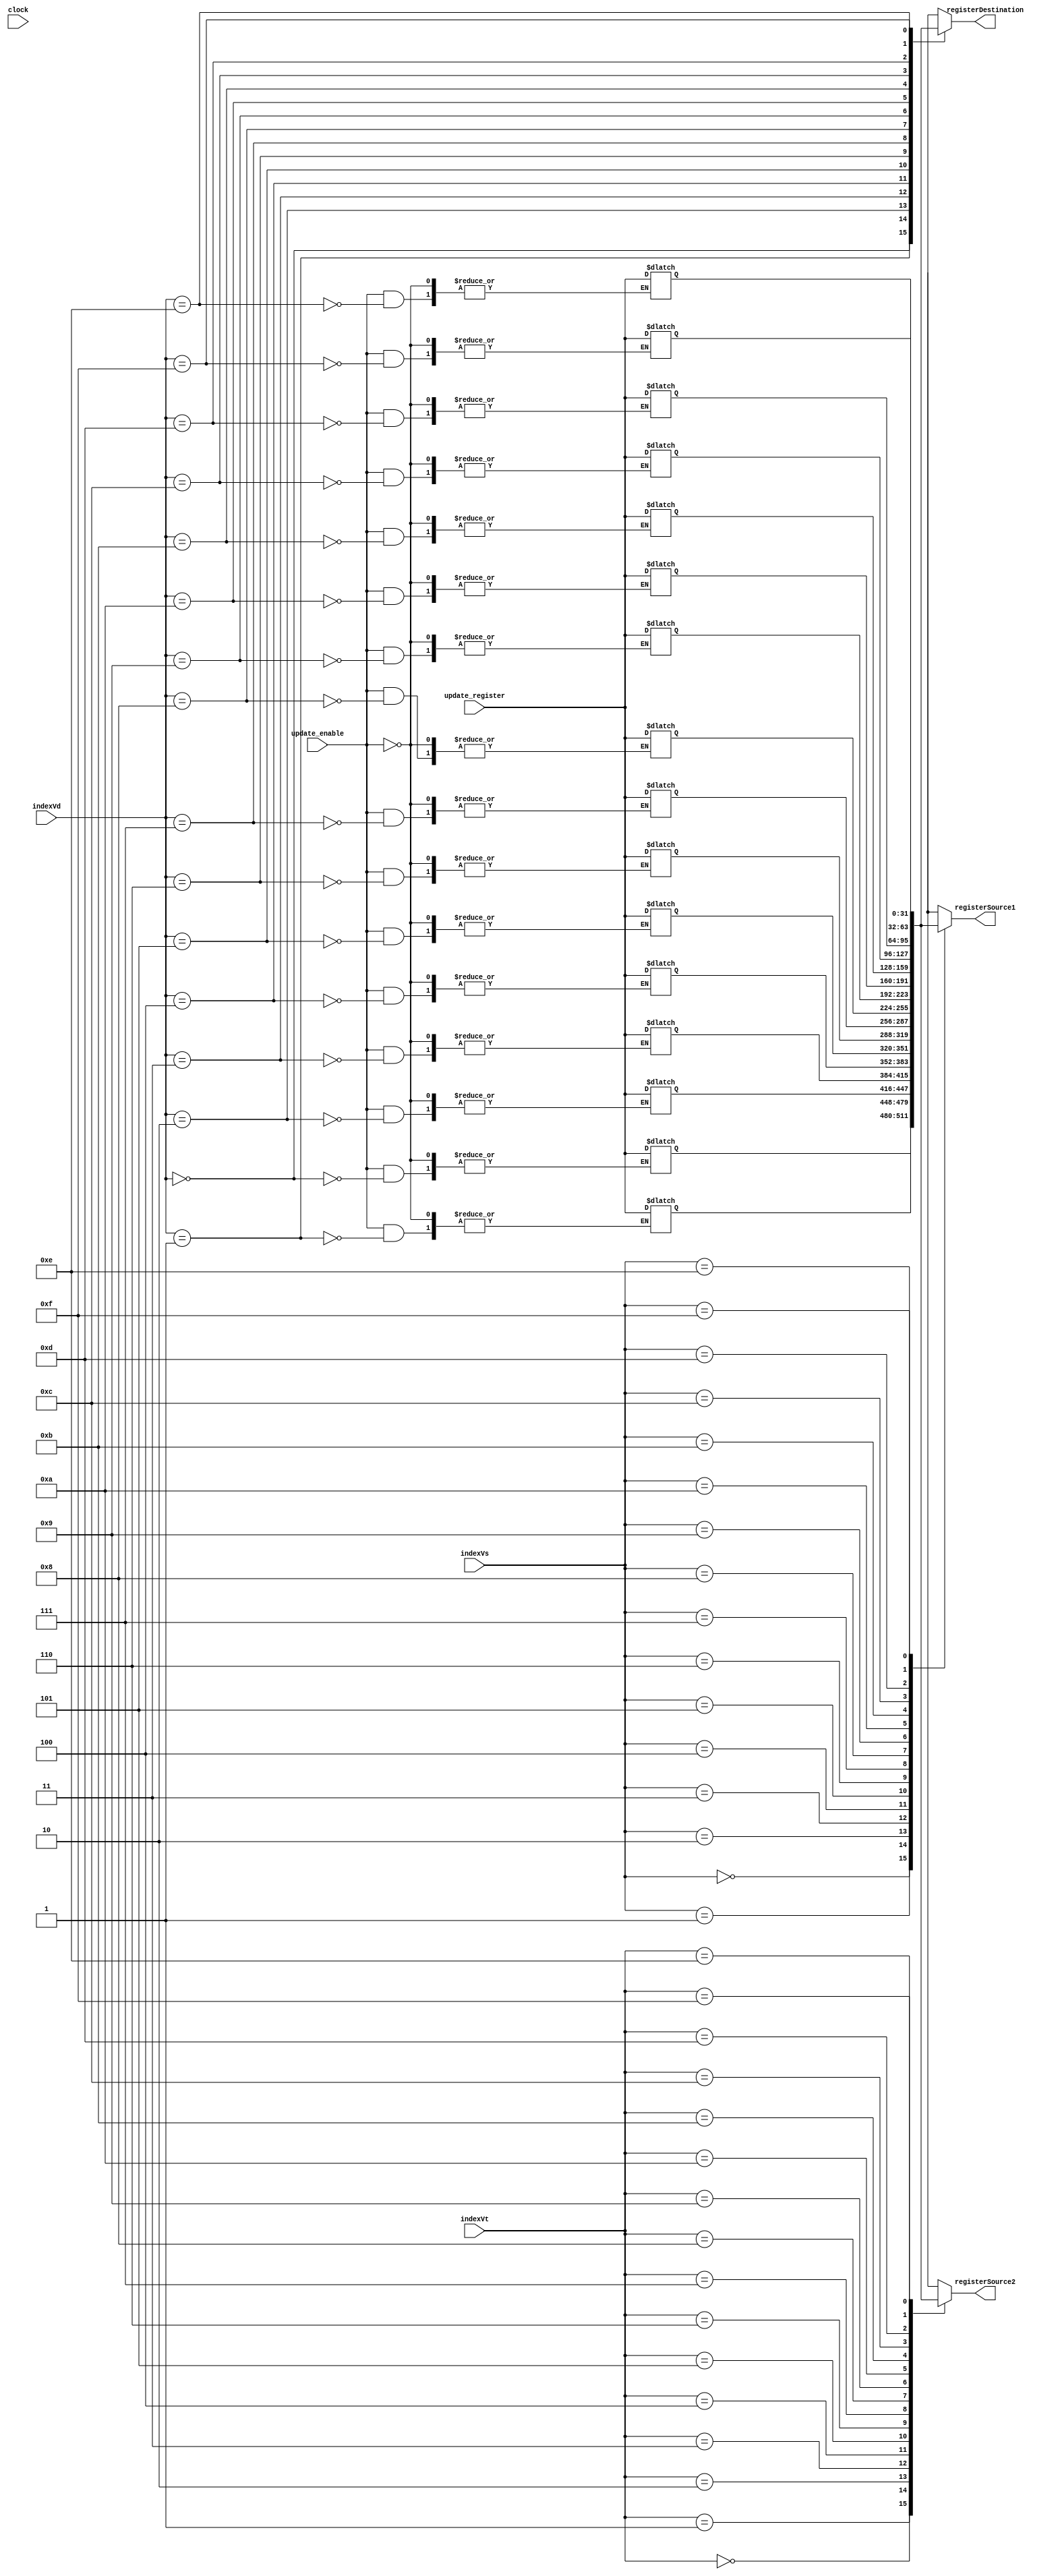
module vector_register(clock,indexVd, indexVs, indexVt, update_register, update_enable, 
registerSource1, registerSource2,registerDestination);
  input [3:0] indexVd;
  input [3:0] indexVs;
  input [3:0] indexVt;
  input clock;
  input update_enable;
  input [31:0] update_register;
  output [31:0] registerSource1;
  output [31:0] registerSource2;
  output [31:0] registerDestination;

  reg [31:0] VECREG [15:0]; // vector register file
  reg [31:0] registerVd;
  reg [31:0] registerVs;
  reg [31:0] registerVt;
 
  always @(*)
  begin
	 if (update_enable) begin	
		VECREG[indexVd] <= update_register;
		$display("Contenido Registros Vectoriales \n");
		$display("Registro Vectorial 0: %h",VECREG[0]);
		$display("Registro Vectorial 1: %h",VECREG[1]);
		$display("Registro Vectorial 2: %h",VECREG[2]);
		$display("Registro Vectorial 3: %h",VECREG[3]);
		$display("Registro Vectorial 4: %h",VECREG[4]);
		$display("Registro Vectorial 5: %h",VECREG[5]);
		$display("Registro Vectorial 6: %h",VECREG[6]);
		$display("Registro Vectorial 7: %h",VECREG[7]);
		$display("Registro Vectorial 8: %h",VECREG[8]);
		$display("Registro Vectorial 9: %h",VECREG[9]);
		$display("Registro Vectorial 10: %h",VECREG[10]);
		$display("Registro Vectorial 11: %h",VECREG[11]);
		$display("Registro Vectorial 12: %h",VECREG[12]);
		$display("Registro Vectorial 13: %h",VECREG[13]);
		$display("Registro Vectorial 14: %h",VECREG[14]);
		$display("Registro Vectorial 15: %h",VECREG[15]);
		
	 end
	 registerVs <= VECREG[indexVs];
	 registerVt <= VECREG[indexVt];
	 registerVd <= VECREG[indexVd];
  end
  
  assign registerDestination = registerVd;
  assign registerSource1 = registerVs;
  assign registerSource2 = registerVt;
  
  integer i;
  initial begin
  for (i=0; i<16; i=i+1) VECREG[i] = 0;
    //  VECREG[0] = 32'b00000000000000010000001000000011;
	 // VECREG[1] = 32'b00000100000001010000011000000111;
	// VECREG[2] = 32'b00000100000001010000011000000111;
  end
  
endmodule